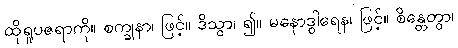
ထိုရူပဇရာကို။ စက္ခုနာ၊ ဖြင့်။ ဒိသွာ၊ ၍။ မနောဒွါရေန၊ ဖြင့်။ စိန္တေတွာ၊